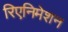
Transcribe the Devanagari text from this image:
रिएनिमेशन